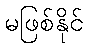
မဖြစ်နိုင်